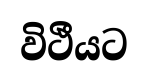
විථීයට